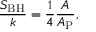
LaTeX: { \frac { S _ { \mathrm { B H } } } { k } } = { \frac { 1 } { 4 } } { \frac { A } { A _ { \mathrm { P } } } } ,